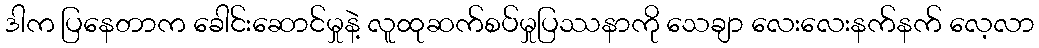
ဒါက ပြနေတာက ခေါင်းဆောင်မှုနဲ့ လူထုဆက်စပ်မှုပြဿနာကို သေချာ လေးလေးနက်နက် လေ့လာ